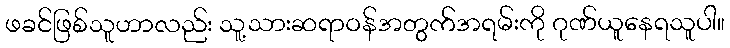
ဖခင်ဖြစ်သူဟာလည်း သူ့သားဆရာဝန်အတွက်အရမ်းကို ဂုဏ်ယူနေရသူပါ။